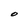
Character: O